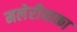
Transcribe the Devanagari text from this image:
मलेरीयाका